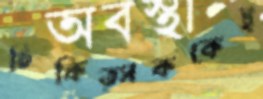
চিকিত্সককেই